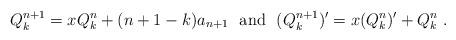
LaTeX: \begin{align*}Q_k^{n+1}=xQ_k^n+(n+1-k)a_{n+1}~~{\rm and}~~(Q_k^{n+1})'=x(Q_k^n)'+Q_k^n~.\end{align*}